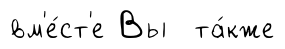
вм'е́ст'е Вы та́кже